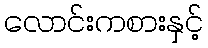
လောင်းကစားနှင့်